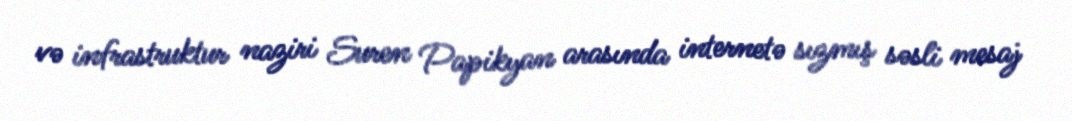
və infrastruktur naziri Suren Papikyan arasında internetə sızmış səsli mesaj